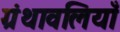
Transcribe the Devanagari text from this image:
ग्रंथावलियाँ